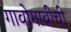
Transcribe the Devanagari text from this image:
गावोगावीची